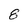
Character: 8